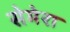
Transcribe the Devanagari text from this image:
सेमेरा